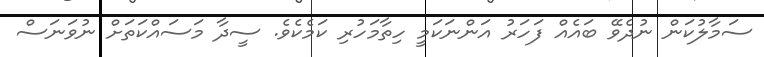
ސަމާލުކަން ނުދެވޭ ބައެއް ފަހަރު އަންނަކަމީ ހިތާމަހުރި ކަމެކެވެ. ސީދާ މަސައްކަތަށް ނުވަނަސް